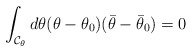
\begin{align*}\int_{{\cal C}_{\theta}}d\theta(\theta-\theta_{0})(\bar\theta-\bar\theta_{0}) = 0\end{align*}